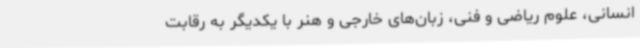
انسانی، علوم ریاضی و فنی، زبان‌های خارجی و هنر با یکدیگر به رقابت